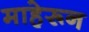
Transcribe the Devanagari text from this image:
माहेरून